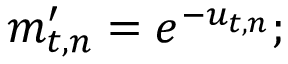
m _ { t , n } ^ { \prime } = e ^ { - u _ { t , n } } ;